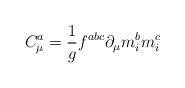
LaTeX: \begin{align*}C_\mu ^a=\frac 1gf^{abc}\partial _\mu m_i^bm_i^c\end{align*}